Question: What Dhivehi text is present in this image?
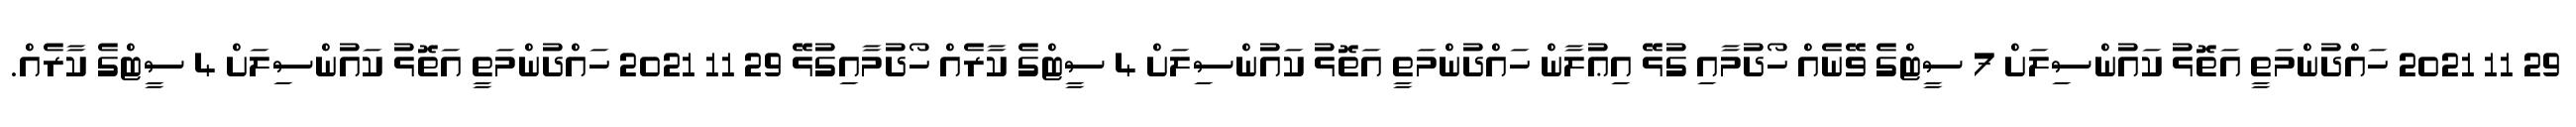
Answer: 29 11 2021 ހައްދުންމަތީ އަތޮޅު ކައުންސިލަށް 7 ސީޓްގެ ވޭނެއް ހޯދުމާއި ގުޅޭ އިޢުލާން ހައްދުންމަތީ އަތޮޅު ކައުންސިލަށް 4 ސީޓްގެ ކާރެއް ހޯދުމާއިގުޅޭ 29 11 2021 ހައްދުންމަތީ އަތޮޅު ކައުންސިލަށް 4 ސީޓްގެ ކާރެއް.